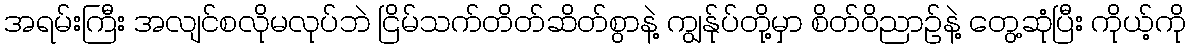
အရမ်းကြီး အလျင်စလိုမလုပ်ဘဲ ငြိမ်သက်တိတ်ဆိတ်စွာနဲ့ ကျွန်ုပ်တို့မှာ စိတ်ဝိညာဉ်နဲ့ တွေ့ဆုံပြီး ကိုယ့်ကို